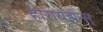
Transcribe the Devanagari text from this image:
होरायझन्स्